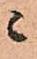
ニ